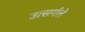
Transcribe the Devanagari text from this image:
उत्सर्गले